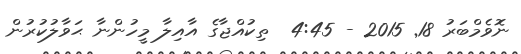
ނޮވެމްބަރު 18